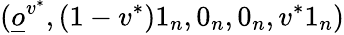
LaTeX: (\underline{o}^{v^{*}},(1-v^{*})1_{n},0_{n},0_{n},v^{*}1_{n})